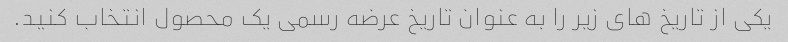
یکی از تاریخ های زیر را به عنوان تاریخ عرضه رسمی یک محصول انتخاب کنید.